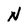
Character: N